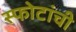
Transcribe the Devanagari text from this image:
स्फोटांची